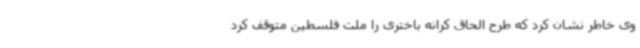
وی خاطر نشان کرد که طرح الحاق کرانه باختری را ملت فلسطین متوقف کرد